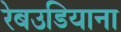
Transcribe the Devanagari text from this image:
रेबउडियाना